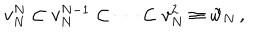
LaTeX: v _ { N } ^ { N } \subset v _ { N } ^ { N - 1 } \subset \cdots \subset v _ { N } ^ { 2 } \equiv { \tilde { w } } _ { N } \, ,